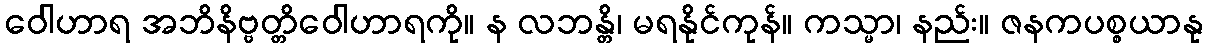
ဝေါဟာရ အဘိနိဗ္ဗတ္တိဝေါဟာရကို။ န လဘန္တိ၊ မရနိုင်ကုန်။ ကသ္မာ၊ နည်း။ ဇနကပစ္စယာနု